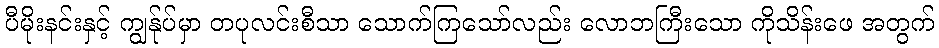
ပီမိုးနင်းနှင့် ကျွန်ုပ်မှာ တပုလင်းစီသာ သောက်ကြသော်လည်း လောဘကြီးသော ကိုသိန်းဖေ အတွက်